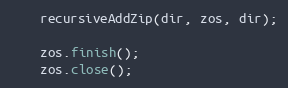
Language: Java
    recursiveAddZip(dir, zos, dir);

    zos.finish();
    zos.close();